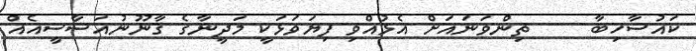
ކައުސާހިބާ     ތިންވަނައަށް އެޅުއްވި ފިޔަވަޅަކީ މަދީނާގެ ޤާނޫނުއަސާސީއެއް